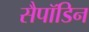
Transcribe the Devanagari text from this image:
सैपॉडिन